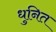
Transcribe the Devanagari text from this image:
धुनित